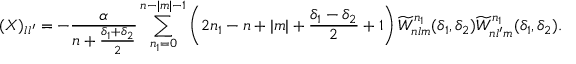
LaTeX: ( X ) _ { l l ^ { \prime } } = - \frac { \alpha } { n + \frac { \delta _ { 1 } + \delta _ { 2 } } { 2 } } \sum _ { n _ { 1 } = 0 } ^ { n - | m | - 1 } \left( 2 n _ { 1 } - n + | m | + \frac { \delta _ { 1 } - \delta _ { 2 } } { 2 } + 1 \right) \widetilde W _ { n l m } ^ { n _ { 1 } } ( \delta _ { 1 } , \delta _ { 2 } ) \widetilde W _ { n l ^ { \prime } m } ^ { n _ { 1 } } ( \delta _ { 1 } , \delta _ { 2 } ) .